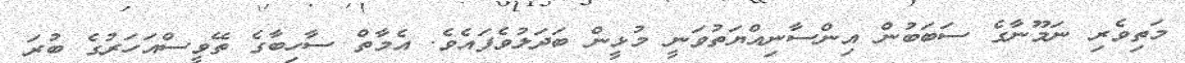
މަތިވެރި ނަމޫނާގެ ސަބަބުން އިންސާނިއްޔަތުވަނީ މުޅީން ބަދަލުވެފައެވެ. އެމާތް ސާހިބާގެ ތޭވީސްއަހަރުގެ ބުރަ